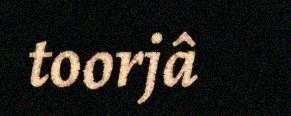
toorjâ